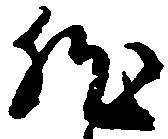
然